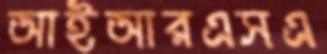
আইআরএসএ